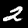
Digit: 2